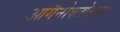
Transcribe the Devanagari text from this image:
आर्गैनोक्लोराइड